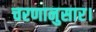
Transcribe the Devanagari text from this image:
चरणानुसार।